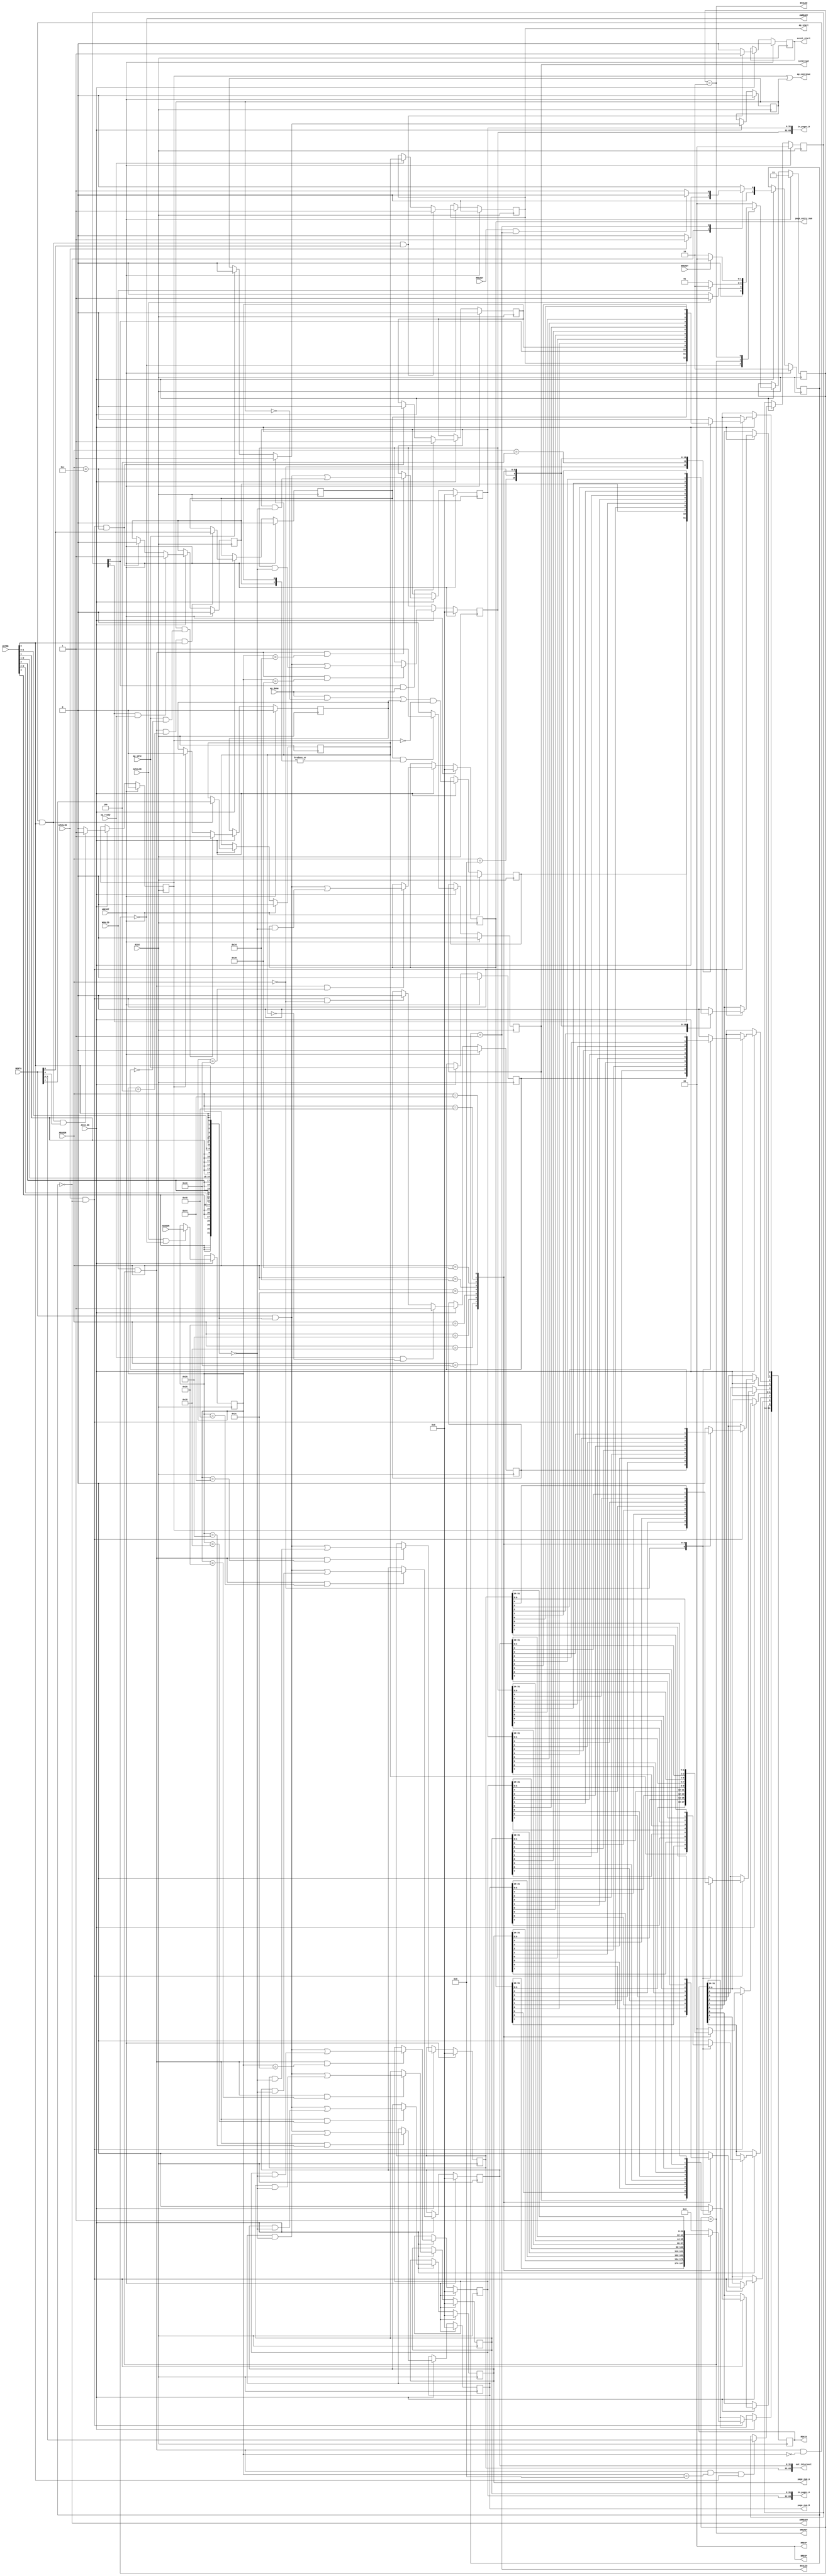
// ==============================================================
// Vitis HLS - High-Level Synthesis from C, C++ and OpenCL v2022.1 (64-bit)
// Tool Version Limit: 2022.04
// Copyright 1986-2022 Xilinx, Inc. All Rights Reserved.
// ==============================================================
`timescale 1ns/1ps
module vadd_control_s_axi
#(parameter
    C_S_AXI_ADDR_WIDTH = 7,
    C_S_AXI_DATA_WIDTH = 32
)(
    input  wire                          ACLK,
    input  wire                          ARESET,
    input  wire                          ACLK_EN,
    input  wire [C_S_AXI_ADDR_WIDTH-1:0] AWADDR,
    input  wire                          AWVALID,
    output wire                          AWREADY,
    input  wire [C_S_AXI_DATA_WIDTH-1:0] WDATA,
    input  wire [C_S_AXI_DATA_WIDTH/8-1:0] WSTRB,
    input  wire                          WVALID,
    output wire                          WREADY,
    output wire [1:0]                    BRESP,
    output wire                          BVALID,
    input  wire                          BREADY,
    input  wire [C_S_AXI_ADDR_WIDTH-1:0] ARADDR,
    input  wire                          ARVALID,
    output wire                          ARREADY,
    output wire [C_S_AXI_DATA_WIDTH-1:0] RDATA,
    output wire [1:0]                    RRESP,
    output wire                          RVALID,
    input  wire                          RREADY,
    output wire                          interrupt,
    output wire [31:0]                   page_entry_num,
    output wire [31:0]                   page_num_A,
    output wire [31:0]                   page_num_B,
    output wire [63:0]                   in_pages_A,
    output wire [63:0]                   in_pages_B,
    output wire [63:0]                   out_intersect,
    output wire                          ap_start,
    input  wire                          ap_done,
    input  wire                          ap_ready,
    output wire                          ap_continue,
    input  wire                          ap_idle,
    output wire                          event_start
);
//------------------------Address Info-------------------
// 0x00 : Control signals
//        bit 0  - ap_start (Read/Write/COH)
//        bit 1  - ap_done (Read)
//        bit 2  - ap_idle (Read)
//        bit 3  - ap_ready (Read/COR)
//        bit 4  - ap_continue (Read/Write/SC)
//        bit 7  - auto_restart (Read/Write)
//        bit 9  - interrupt (Read)
//        others - reserved
// 0x04 : Global Interrupt Enable Register
//        bit 0  - Global Interrupt Enable (Read/Write)
//        others - reserved
// 0x08 : IP Interrupt Enable Register (Read/Write)
//        bit 0 - enable ap_done interrupt (Read/Write)
//        bit 1 - enable ap_ready interrupt (Read/Write)
//        others - reserved
// 0x0c : IP Interrupt Status Register (Read/COR)
//        bit 0 - ap_done (Read/COR)
//        bit 1 - ap_ready (Read/COR)
//        others - reserved
// 0x10 : Data signal of page_entry_num
//        bit 31~0 - page_entry_num[31:0] (Read/Write)
// 0x14 : reserved
// 0x18 : Data signal of page_num_A
//        bit 31~0 - page_num_A[31:0] (Read/Write)
// 0x1c : reserved
// 0x20 : Data signal of page_num_B
//        bit 31~0 - page_num_B[31:0] (Read/Write)
// 0x24 : reserved
// 0x28 : Data signal of in_pages_A
//        bit 31~0 - in_pages_A[31:0] (Read/Write)
// 0x2c : Data signal of in_pages_A
//        bit 31~0 - in_pages_A[63:32] (Read/Write)
// 0x30 : reserved
// 0x34 : Data signal of in_pages_B
//        bit 31~0 - in_pages_B[31:0] (Read/Write)
// 0x38 : Data signal of in_pages_B
//        bit 31~0 - in_pages_B[63:32] (Read/Write)
// 0x3c : reserved
// 0x40 : Data signal of out_intersect
//        bit 31~0 - out_intersect[31:0] (Read/Write)
// 0x44 : Data signal of out_intersect
//        bit 31~0 - out_intersect[63:32] (Read/Write)
// 0x48 : reserved
// (SC = Self Clear, COR = Clear on Read, TOW = Toggle on Write, COH = Clear on Handshake)

//------------------------Parameter----------------------
localparam
    ADDR_AP_CTRL               = 7'h00,
    ADDR_GIE                   = 7'h04,
    ADDR_IER                   = 7'h08,
    ADDR_ISR                   = 7'h0c,
    ADDR_PAGE_ENTRY_NUM_DATA_0 = 7'h10,
    ADDR_PAGE_ENTRY_NUM_CTRL   = 7'h14,
    ADDR_PAGE_NUM_A_DATA_0     = 7'h18,
    ADDR_PAGE_NUM_A_CTRL       = 7'h1c,
    ADDR_PAGE_NUM_B_DATA_0     = 7'h20,
    ADDR_PAGE_NUM_B_CTRL       = 7'h24,
    ADDR_IN_PAGES_A_DATA_0     = 7'h28,
    ADDR_IN_PAGES_A_DATA_1     = 7'h2c,
    ADDR_IN_PAGES_A_CTRL       = 7'h30,
    ADDR_IN_PAGES_B_DATA_0     = 7'h34,
    ADDR_IN_PAGES_B_DATA_1     = 7'h38,
    ADDR_IN_PAGES_B_CTRL       = 7'h3c,
    ADDR_OUT_INTERSECT_DATA_0  = 7'h40,
    ADDR_OUT_INTERSECT_DATA_1  = 7'h44,
    ADDR_OUT_INTERSECT_CTRL    = 7'h48,
    WRIDLE                     = 2'd0,
    WRDATA                     = 2'd1,
    WRRESP                     = 2'd2,
    WRRESET                    = 2'd3,
    RDIDLE                     = 2'd0,
    RDDATA                     = 2'd1,
    RDRESET                    = 2'd2,
    ADDR_BITS                = 7;

//------------------------Local signal-------------------
    reg  [1:0]                    wstate = WRRESET;
    reg  [1:0]                    wnext;
    reg  [ADDR_BITS-1:0]          waddr;
    wire [C_S_AXI_DATA_WIDTH-1:0] wmask;
    wire                          aw_hs;
    wire                          w_hs;
    reg  [1:0]                    rstate = RDRESET;
    reg  [1:0]                    rnext;
    reg  [C_S_AXI_DATA_WIDTH-1:0] rdata;
    wire                          ar_hs;
    wire [ADDR_BITS-1:0]          raddr;
    // internal registers
    reg                           int_event_start = 1'b0;
    reg                           int_ap_idle;
    reg                           int_ap_continue;
    reg                           int_ap_ready = 1'b0;
    wire                          task_ap_ready;
    reg                           int_ap_done = 1'b0;
    wire                          task_ap_done;
    reg                           int_task_ap_done = 1'b0;
    reg                           int_ap_start = 1'b0;
    reg                           int_interrupt = 1'b0;
    reg                           int_auto_restart = 1'b0;
    reg                           auto_restart_status = 1'b0;
    reg                           auto_restart_done = 1'b0;
    reg                           int_gie = 1'b0;
    reg  [1:0]                    int_ier = 2'b0;
    reg  [1:0]                    int_isr = 2'b0;
    reg  [31:0]                   int_page_entry_num = 'b0;
    reg  [31:0]                   int_page_num_A = 'b0;
    reg  [31:0]                   int_page_num_B = 'b0;
    reg  [63:0]                   int_in_pages_A = 'b0;
    reg  [63:0]                   int_in_pages_B = 'b0;
    reg  [63:0]                   int_out_intersect = 'b0;

//------------------------Instantiation------------------


//------------------------AXI write fsm------------------
assign AWREADY = (wstate == WRIDLE);
assign WREADY  = (wstate == WRDATA);
assign BRESP   = 2'b00;  // OKAY
assign BVALID  = (wstate == WRRESP);
assign wmask   = { {8{WSTRB[3]}}, {8{WSTRB[2]}}, {8{WSTRB[1]}}, {8{WSTRB[0]}} };
assign aw_hs   = AWVALID & AWREADY;
assign w_hs    = WVALID & WREADY;

// wstate
always @(posedge ACLK) begin
    if (ARESET)
        wstate <= WRRESET;
    else if (ACLK_EN)
        wstate <= wnext;
end

// wnext
always @(*) begin
    case (wstate)
        WRIDLE:
            if (AWVALID)
                wnext = WRDATA;
            else
                wnext = WRIDLE;
        WRDATA:
            if (WVALID)
                wnext = WRRESP;
            else
                wnext = WRDATA;
        WRRESP:
            if (BREADY)
                wnext = WRIDLE;
            else
                wnext = WRRESP;
        default:
            wnext = WRIDLE;
    endcase
end

// waddr
always @(posedge ACLK) begin
    if (ACLK_EN) begin
        if (aw_hs)
            waddr <= AWADDR[ADDR_BITS-1:0];
    end
end

//------------------------AXI read fsm-------------------
assign ARREADY = (rstate == RDIDLE);
assign RDATA   = rdata;
assign RRESP   = 2'b00;  // OKAY
assign RVALID  = (rstate == RDDATA);
assign ar_hs   = ARVALID & ARREADY;
assign raddr   = ARADDR[ADDR_BITS-1:0];

// rstate
always @(posedge ACLK) begin
    if (ARESET)
        rstate <= RDRESET;
    else if (ACLK_EN)
        rstate <= rnext;
end

// rnext
always @(*) begin
    case (rstate)
        RDIDLE:
            if (ARVALID)
                rnext = RDDATA;
            else
                rnext = RDIDLE;
        RDDATA:
            if (RREADY & RVALID)
                rnext = RDIDLE;
            else
                rnext = RDDATA;
        default:
            rnext = RDIDLE;
    endcase
end

// rdata
always @(posedge ACLK) begin
    if (ACLK_EN) begin
        if (ar_hs) begin
            rdata <= 'b0;
            case (raddr)
                ADDR_AP_CTRL: begin
                    rdata[0] <= int_ap_start;
                    rdata[1] <= int_task_ap_done;
                    rdata[2] <= int_ap_idle;
                    rdata[3] <= int_ap_ready;
                    rdata[4] <= int_ap_continue;
                    rdata[7] <= int_auto_restart;
                    rdata[9] <= int_interrupt;
                end
                ADDR_GIE: begin
                    rdata <= int_gie;
                end
                ADDR_IER: begin
                    rdata <= int_ier;
                end
                ADDR_ISR: begin
                    rdata <= int_isr;
                end
                ADDR_PAGE_ENTRY_NUM_DATA_0: begin
                    rdata <= int_page_entry_num[31:0];
                end
                ADDR_PAGE_NUM_A_DATA_0: begin
                    rdata <= int_page_num_A[31:0];
                end
                ADDR_PAGE_NUM_B_DATA_0: begin
                    rdata <= int_page_num_B[31:0];
                end
                ADDR_IN_PAGES_A_DATA_0: begin
                    rdata <= int_in_pages_A[31:0];
                end
                ADDR_IN_PAGES_A_DATA_1: begin
                    rdata <= int_in_pages_A[63:32];
                end
                ADDR_IN_PAGES_B_DATA_0: begin
                    rdata <= int_in_pages_B[31:0];
                end
                ADDR_IN_PAGES_B_DATA_1: begin
                    rdata <= int_in_pages_B[63:32];
                end
                ADDR_OUT_INTERSECT_DATA_0: begin
                    rdata <= int_out_intersect[31:0];
                end
                ADDR_OUT_INTERSECT_DATA_1: begin
                    rdata <= int_out_intersect[63:32];
                end
            endcase
        end
    end
end


//------------------------Register logic-----------------
assign interrupt      = int_interrupt;
assign event_start    = int_event_start;
assign ap_start       = int_ap_start;
assign task_ap_done   = (ap_done && !auto_restart_status) || auto_restart_done;
assign task_ap_ready  = ap_ready && !int_auto_restart;
assign ap_continue    = int_ap_continue || auto_restart_status;
assign page_entry_num = int_page_entry_num;
assign page_num_A     = int_page_num_A;
assign page_num_B     = int_page_num_B;
assign in_pages_A     = int_in_pages_A;
assign in_pages_B     = int_in_pages_B;
assign out_intersect  = int_out_intersect;
// int_interrupt
always @(posedge ACLK) begin
    if (ARESET)
        int_interrupt <= 1'b0;
    else if (ACLK_EN) begin
        if (int_gie && (|int_isr))
            int_interrupt <= 1'b1;
        else
            int_interrupt <= 1'b0;
    end
end

// int_event_start
always @(posedge ACLK) begin
    if (ARESET)
        int_event_start <= 1'b0;
    else if (ACLK_EN) begin
        if (w_hs && waddr == ADDR_AP_CTRL && WSTRB[0] && WDATA[0])
            int_event_start <= 1'b1;
        else
            int_event_start <= 1'b0; // self clear
    end
end

// int_ap_start
always @(posedge ACLK) begin
    if (ARESET)
        int_ap_start <= 1'b0;
    else if (ACLK_EN) begin
        if (w_hs && waddr == ADDR_AP_CTRL && WSTRB[0] && WDATA[0])
            int_ap_start <= 1'b1;
        else if (ap_ready)
            int_ap_start <= int_auto_restart; // clear on handshake/auto restart
    end
end

// int_ap_done
always @(posedge ACLK) begin
    if (ARESET)
        int_ap_done <= 1'b0;
    else if (ACLK_EN) begin
            int_ap_done <= ap_done;
    end
end

// int_task_ap_done
always @(posedge ACLK) begin
    if (ARESET)
        int_task_ap_done <= 1'b0;
    else if (ACLK_EN) begin
            int_task_ap_done <= task_ap_done && !int_ap_continue;
    end
end

// int_ap_idle
always @(posedge ACLK) begin
    if (ARESET)
        int_ap_idle <= 1'b0;
    else if (ACLK_EN) begin
            int_ap_idle <= ap_idle;
    end
end

// int_ap_ready
always @(posedge ACLK) begin
    if (ARESET)
        int_ap_ready <= 1'b0;
    else if (ACLK_EN) begin
        if (task_ap_ready)
            int_ap_ready <= 1'b1;
        else if (ar_hs && raddr == ADDR_AP_CTRL)
            int_ap_ready <= 1'b0;
    end
end

// int_ap_continue
always @(posedge ACLK) begin
    if (ARESET)
        int_ap_continue <= 1'b0;
    else if (ACLK_EN) begin
        if (w_hs && waddr == ADDR_AP_CTRL && WSTRB[0] && WDATA[4])
            int_ap_continue <= 1'b1;
        else
            int_ap_continue <= 1'b0; // self clear
    end
end

// int_auto_restart
always @(posedge ACLK) begin
    if (ARESET)
        int_auto_restart <= 1'b0;
    else if (ACLK_EN) begin
        if (w_hs && waddr == ADDR_AP_CTRL && WSTRB[0])
            int_auto_restart <=  WDATA[7];
    end
end

// auto_restart_status
always @(posedge ACLK) begin
    if (ARESET)
        auto_restart_status <= 1'b0;
    else if (ACLK_EN) begin
        if (int_auto_restart)
            auto_restart_status <= 1'b1;
        else if (ap_idle)
            auto_restart_status <= 1'b0;
    end
end

// auto_restart_done
always @(posedge ACLK) begin
    if (ARESET)
        auto_restart_done <= 1'b0;
    else if (ACLK_EN) begin
        if (auto_restart_status && (ap_idle && !int_ap_idle))
            auto_restart_done <= 1'b1;
        else if (int_ap_continue)
            auto_restart_done <= 1'b0;
    end
end

// int_gie
always @(posedge ACLK) begin
    if (ARESET)
        int_gie <= 1'b0;
    else if (ACLK_EN) begin
        if (w_hs && waddr == ADDR_GIE && WSTRB[0])
            int_gie <= WDATA[0];
    end
end

// int_ier
always @(posedge ACLK) begin
    if (ARESET)
        int_ier <= 1'b0;
    else if (ACLK_EN) begin
        if (w_hs && waddr == ADDR_IER && WSTRB[0])
            int_ier <= WDATA[1:0];
    end
end

// int_isr[0]
always @(posedge ACLK) begin
    if (ARESET)
        int_isr[0] <= 1'b0;
    else if (ACLK_EN) begin
        if (int_ier[0] & ap_done)
            int_isr[0] <= 1'b1;
        else if (ar_hs && raddr == ADDR_ISR)
            int_isr[0] <= 1'b0; // clear on read
    end
end

// int_isr[1]
always @(posedge ACLK) begin
    if (ARESET)
        int_isr[1] <= 1'b0;
    else if (ACLK_EN) begin
        if (int_ier[1] & ap_ready)
            int_isr[1] <= 1'b1;
        else if (ar_hs && raddr == ADDR_ISR)
            int_isr[1] <= 1'b0; // clear on read
    end
end

// int_page_entry_num[31:0]
always @(posedge ACLK) begin
    if (ARESET)
        int_page_entry_num[31:0] <= 0;
    else if (ACLK_EN) begin
        if (w_hs && waddr == ADDR_PAGE_ENTRY_NUM_DATA_0)
            int_page_entry_num[31:0] <= (WDATA[31:0] & wmask) | (int_page_entry_num[31:0] & ~wmask);
    end
end

// int_page_num_A[31:0]
always @(posedge ACLK) begin
    if (ARESET)
        int_page_num_A[31:0] <= 0;
    else if (ACLK_EN) begin
        if (w_hs && waddr == ADDR_PAGE_NUM_A_DATA_0)
            int_page_num_A[31:0] <= (WDATA[31:0] & wmask) | (int_page_num_A[31:0] & ~wmask);
    end
end

// int_page_num_B[31:0]
always @(posedge ACLK) begin
    if (ARESET)
        int_page_num_B[31:0] <= 0;
    else if (ACLK_EN) begin
        if (w_hs && waddr == ADDR_PAGE_NUM_B_DATA_0)
            int_page_num_B[31:0] <= (WDATA[31:0] & wmask) | (int_page_num_B[31:0] & ~wmask);
    end
end

// int_in_pages_A[31:0]
always @(posedge ACLK) begin
    if (ARESET)
        int_in_pages_A[31:0] <= 0;
    else if (ACLK_EN) begin
        if (w_hs && waddr == ADDR_IN_PAGES_A_DATA_0)
            int_in_pages_A[31:0] <= (WDATA[31:0] & wmask) | (int_in_pages_A[31:0] & ~wmask);
    end
end

// int_in_pages_A[63:32]
always @(posedge ACLK) begin
    if (ARESET)
        int_in_pages_A[63:32] <= 0;
    else if (ACLK_EN) begin
        if (w_hs && waddr == ADDR_IN_PAGES_A_DATA_1)
            int_in_pages_A[63:32] <= (WDATA[31:0] & wmask) | (int_in_pages_A[63:32] & ~wmask);
    end
end

// int_in_pages_B[31:0]
always @(posedge ACLK) begin
    if (ARESET)
        int_in_pages_B[31:0] <= 0;
    else if (ACLK_EN) begin
        if (w_hs && waddr == ADDR_IN_PAGES_B_DATA_0)
            int_in_pages_B[31:0] <= (WDATA[31:0] & wmask) | (int_in_pages_B[31:0] & ~wmask);
    end
end

// int_in_pages_B[63:32]
always @(posedge ACLK) begin
    if (ARESET)
        int_in_pages_B[63:32] <= 0;
    else if (ACLK_EN) begin
        if (w_hs && waddr == ADDR_IN_PAGES_B_DATA_1)
            int_in_pages_B[63:32] <= (WDATA[31:0] & wmask) | (int_in_pages_B[63:32] & ~wmask);
    end
end

// int_out_intersect[31:0]
always @(posedge ACLK) begin
    if (ARESET)
        int_out_intersect[31:0] <= 0;
    else if (ACLK_EN) begin
        if (w_hs && waddr == ADDR_OUT_INTERSECT_DATA_0)
            int_out_intersect[31:0] <= (WDATA[31:0] & wmask) | (int_out_intersect[31:0] & ~wmask);
    end
end

// int_out_intersect[63:32]
always @(posedge ACLK) begin
    if (ARESET)
        int_out_intersect[63:32] <= 0;
    else if (ACLK_EN) begin
        if (w_hs && waddr == ADDR_OUT_INTERSECT_DATA_1)
            int_out_intersect[63:32] <= (WDATA[31:0] & wmask) | (int_out_intersect[63:32] & ~wmask);
    end
end

//synthesis translate_off
always @(posedge ACLK) begin
    if (ACLK_EN) begin
        if (int_gie & ~int_isr[0] & int_ier[0] & ap_done)
            $display ("// Interrupt Monitor : interrupt for ap_done detected @ \"%0t\"", $time);
        if (int_gie & ~int_isr[1] & int_ier[1] & ap_ready)
            $display ("// Interrupt Monitor : interrupt for ap_ready detected @ \"%0t\"", $time);
    end
end
//synthesis translate_on

//------------------------Memory logic-------------------

endmodule